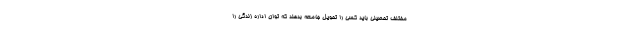
مختلف تحصیلی باید کسی را تحویل جامعه بدهند که توان اداره زندگی را